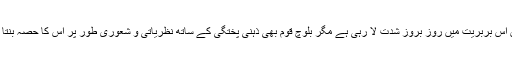
گوکہ دشمن اس بربریت میں روز بروز شدت لا رہی ہے مگر بلوچ قوم بھی ذہنی پختگی کے ساتھ نظریاتی و شعوری طور پر اس کا حصہ بنتا جا رہا ہے۔